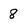
Character: 8